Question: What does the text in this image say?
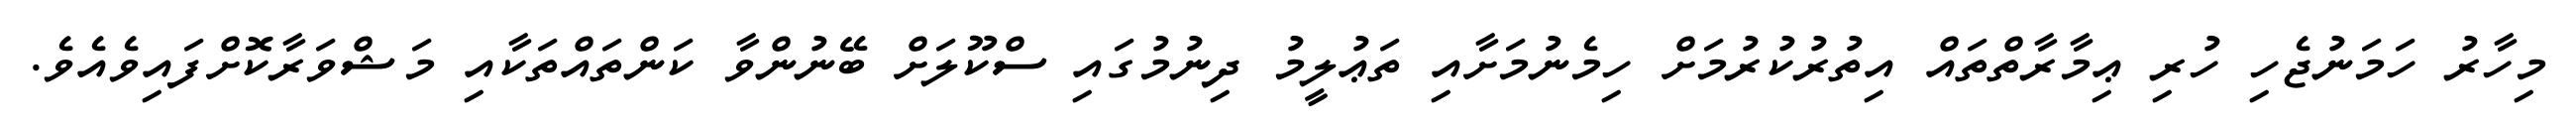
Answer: މިހާރު ހަމަނުޖެހި ހުރި ޢިމާރާތްތައް އިތުރުކުރުމަށް ހިމެނުމަށާއި ތަޢުލީމު ދިނުމުގައި ސްކޫލަށް ބޭނުންވާ ކަންތައްތަކާއި މަޝްވަރާކޮށްފައިވެއެވެ.